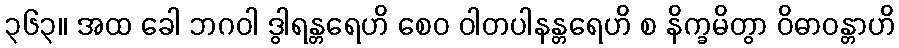
၃၆၃။ အထ ခေါ ဘဂဝါ ဒွါရန္တရေဟိ စေဝ ဝါတပါနန္တရေဟိ စ နိက္ခမိတွာ ဝိဓာဝန္တာဟိ